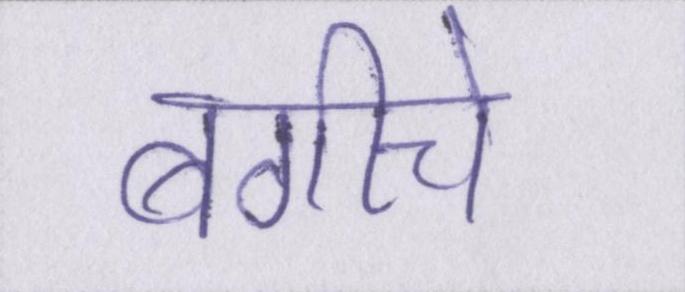
बगीचे